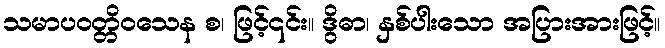
သမာပဝတ္တိဝသေန စ၊ ဖြင့်၎င်း။ ဒွိဓာ၊ နှစ်ပါးသော အပြားအားဖြင့်။